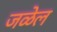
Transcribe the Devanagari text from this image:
जळेल